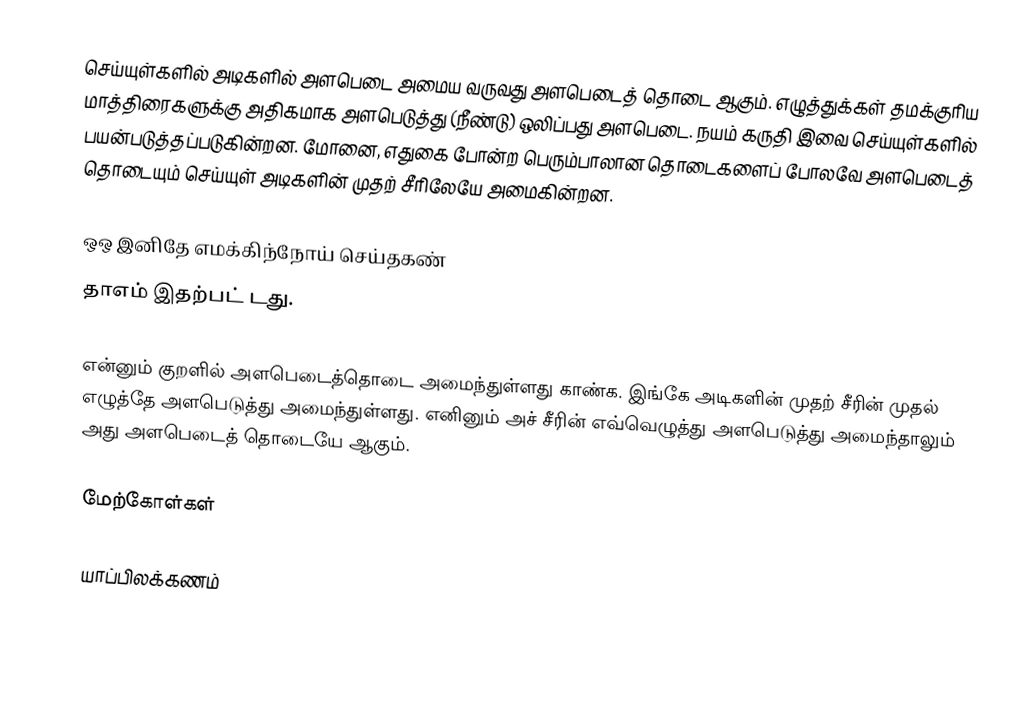
செய்யுள்களில் அடிகளில் அளபெடை அமைய வருவது அளபெடைத் தொடை ஆகும். எழுத்துக்கள் தமக்குரிய மாத்திரைகளுக்கு அதிகமாக அளபெடுத்து (நீண்டு) ஒலிப்பது அளபெடை. நயம் கருதி இவை செய்யுள்களில் பயன்படுத்தப்படுகின்றன. மோனை, எதுகை போன்ற பெரும்பாலான தொடைகளைப் போலவே அளபெடைத் தொடையும் செய்யுள் அடிகளின் முதற் சீரிலேயே அமைகின்றன.

 ஒஒ இனிதே எமக்கிந்நோய் செய்தகண்
 தாஎம் இதற்பட் டது.

என்னும் குறளில் அளபெடைத்தொடை அமைந்துள்ளது காண்க. இங்கே அடிகளின் முதற் சீரின் முதல் எழுத்தே அளபெடுத்து அமைந்துள்ளது. எனினும் அச் சீரின் எவ்வெழுத்து அளபெடுத்து அமைந்தாலும் அது அளபெடைத் தொடையே ஆகும்.

மேற்கோள்கள்

யாப்பிலக்கணம்